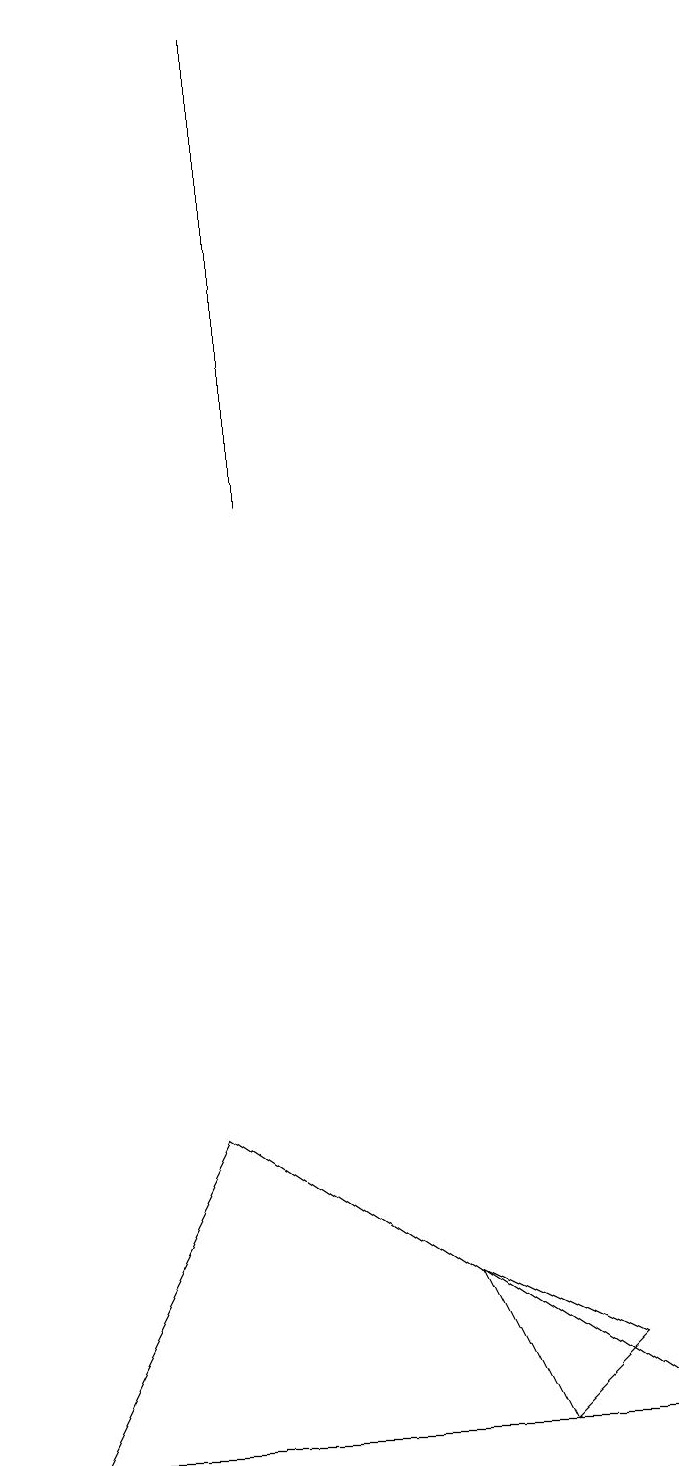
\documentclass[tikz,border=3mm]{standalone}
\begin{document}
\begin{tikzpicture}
\draw (4,18) rectangle (4,12);
\draw (3,4) -- (9,0) -- (1,0) -- cycle;
\draw (8,1) -- (6,2) -- (7,0) -- cycle;
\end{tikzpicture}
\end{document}